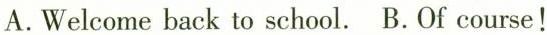
A.Welcome back to school. B.Of course!